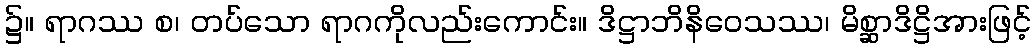
၌။ ရာဂဿ စ၊ တပ်သော ရာဂကိုလည်းကောင်း။ ဒိဋ္ဌာဘိနိဝေသဿ၊ မိစ္ဆာဒိဋ္ဌိအားဖြင့်